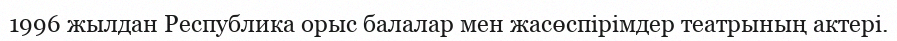
1996 жылдан Республика орыс балалар мен жасөспірімдер театрының актері.